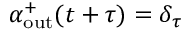
\alpha _ { \mathrm { o u t } } ^ { + } ( t + \tau ) = \delta _ { \tau }